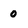
Character: 0